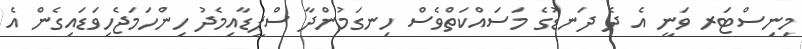
މިނިސްޓަރ ވަނީ އެ ދެ ދަނޑުގެ މަސައްކަތްވެސް ހިނގަމުންދާ ސްޕީޑާއިމެދު ހިންހަމަޖެހިވަޑައިގެން އެ